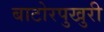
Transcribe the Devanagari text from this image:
बाटोरपुखुरी